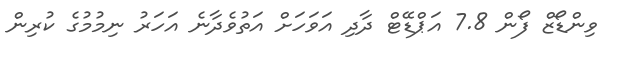
ވިންޑޯޒް ފޯން 7.8 އަޕްޑޭޓް ދާދި އަވަހަށް އަތުވެދާނެ އަހަރު ނިމުމުގެ ކުރިން